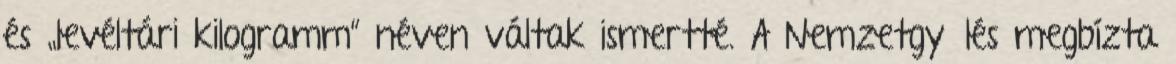
és „levéltári kilogramm” néven váltak ismertté. A Nemzetgyűlés megbízta